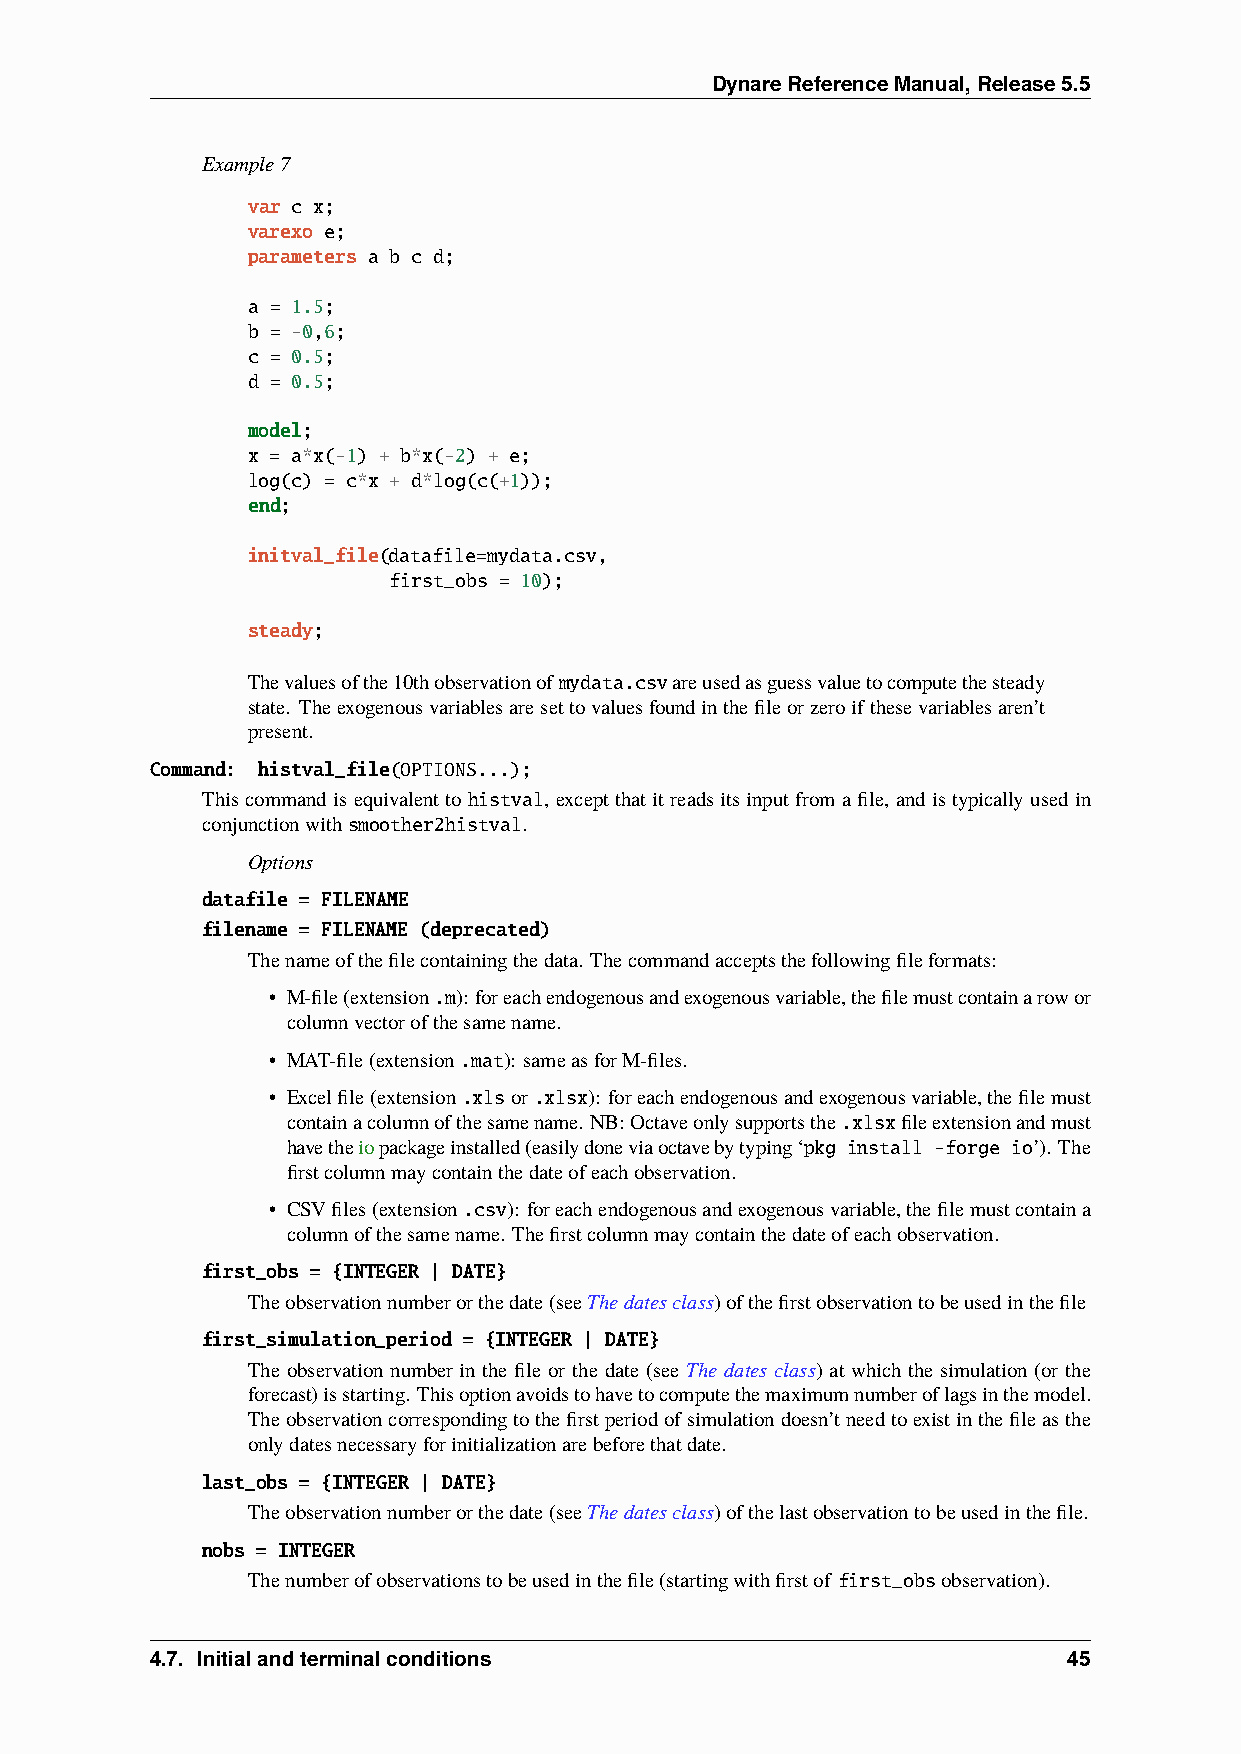
DynareReferenceManual,Release5.5
 Example7
 var c x;
 varexo e;
 parameters a b c d;
 a = 1.5;
 b = -0,6;
 c = 0.5;
 d = 0.5;
 model;
 x = a*x(-1) + b*x(-2) + e;
 log(c) = c*x + d*log(c(+1));
 end;
 initval_file(datafile=mydata.csv,
 first_obs = 10);
 steady;
 Thevaluesofthe10thobservationofmydata.csvareusedasguessvaluetocomputethesteady
 state. Theexogenousvariablesaresettovaluesfoundinthefileorzeroifthesevariablesaren’t
 present.
 Command: histval_file(OPTIONS...);
 This command is equivalent to histval, except that it reads its input from a file, and is typically used in
 conjunctionwithsmoother2histval.
 Options
 datafile = FILENAME
 filename = FILENAME (deprecated)
 Thenameofthefilecontainingthedata. Thecommandacceptsthefollowingfileformats:
 • M-file(extension.m): foreachendogenousandexogenousvariable,thefilemustcontainarowor
 columnvectorofthesamename.
 • MAT-file(extension.mat): sameasforM-files.
 • Excelfile(extension.xlsor.xlsx): foreachendogenousandexogenousvariable,thefilemust
 containacolumnofthesamename. NB:Octaveonlysupportsthe.xlsxfileextensionandmust
 havetheiopackageinstalled(easilydoneviaoctavebytyping‘pkg install -forge io’). The
 firstcolumnmaycontainthedateofeachobservation.
 • CSVfiles(extension.csv): foreachendogenousandexogenousvariable,thefilemustcontaina
 columnofthesamename. Thefirstcolumnmaycontainthedateofeachobservation.
 first_obs = {INTEGER | DATE}
 Theobservationnumberorthedate(seeThedatesclass)ofthefirstobservationtobeusedinthefile
 first_simulation_period = {INTEGER | DATE}
 The observation number in the file or the date (see The dates class) at which the simulation (or the
 forecast)isstarting. Thisoptionavoidstohavetocomputethemaximumnumberoflagsinthemodel.
 Theobservationcorrespondingtothefirstperiodofsimulationdoesn’tneedtoexistinthefileasthe
 onlydatesnecessaryforinitializationarebeforethatdate.
 last_obs = {INTEGER | DATE}
 Theobservationnumberorthedate(seeThedatesclass)ofthelastobservationtobeusedinthefile.
 nobs = INTEGER
 Thenumberofobservationstobeusedinthefile(startingwithfirstof first_obsobservation).
 4.7. Initialandterminalconditions                            45